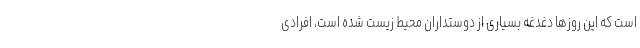
است که این روزها دغدغه بسیاری از دوستداران محیط زیست شده است، افرادی